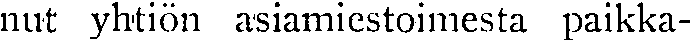
nut yhtiön asiamiestoimesta paikka-